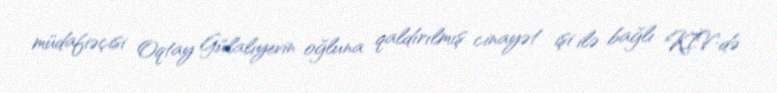
müdafiəçisi Oqtay Gülalıyevin oğluna qaldırılmış cinayət işi ilə bağlı KİV-də